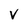
Character: V